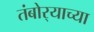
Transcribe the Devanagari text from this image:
तंबोर्‍याच्या